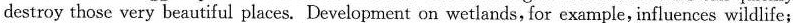
destroy those very beautiful places. Development on wetlands, for example, influences wildlife;